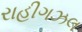
રાહીગઝલ